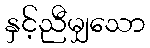
နှင့်ညီမျှသော